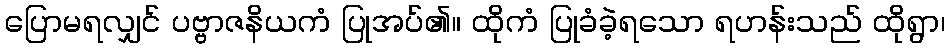
ပြောမရလျှင် ပဗ္ဗာဇနိယကံ ပြုအပ်၏။ ထိုကံ ပြုခံခဲ့ရသော ရဟန်းသည် ထိုရွာ၊